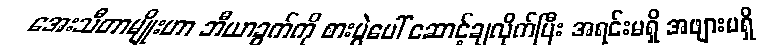
အေးသီတာမျိုးဟာ ဘီယာခွက်ကို စားပွဲပေါ် ဆောင့်ချလိုက်ပြီး အရင်းမရှိ အဖျားမရှိ